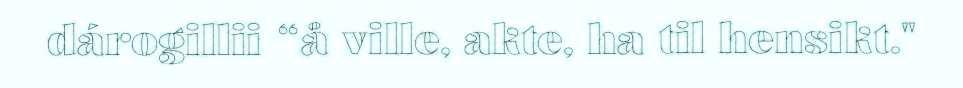
dárogillii “å ville, akte, ha til hensikt."